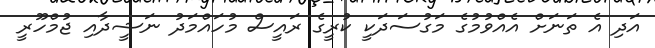
އަދި އެ ތަނަށް އެއްވުމުގެ މަގުސަދަކީ ކުރީގެ ރައީސް މުހައްމަދު ނަޝީދާއި ޖުމްހޫރީ